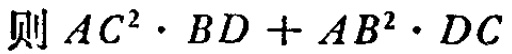
则 \(AC^{2}\cdot BD + AB^{2}\cdot DC\)